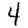
Digit: 4